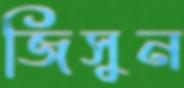
জিসুন